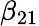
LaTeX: \beta_{21}